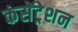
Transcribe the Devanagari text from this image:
कंसेंट्रेशन